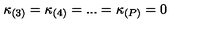
\kappa _ { ( 3 ) } = \kappa _ { ( 4 ) } = . . . = \kappa _ { ( P ) } = 0